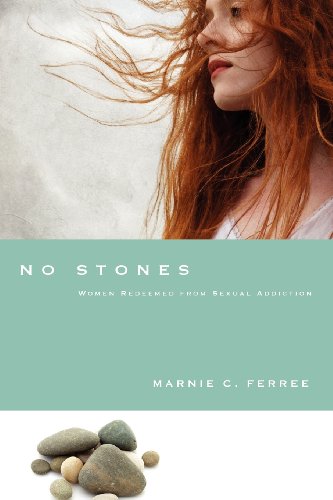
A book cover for No Stones: Women Redeemed from Sexual Addiction; Marnie C. Ferree; Health, Fitness & Dieting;